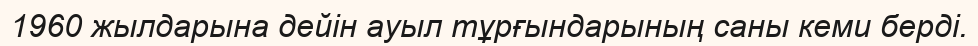
1960 жылдарына дейін ауыл тұрғындарының саны кеми берді.